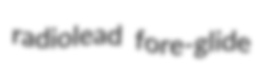
radiolead fore-glide